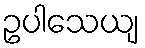
ဥပါသေယျ